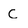
Character: C